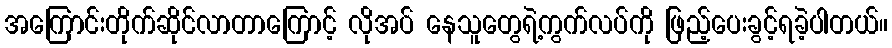
အကြောင်းတိုက်ဆိုင်လာတာကြောင့် လိုအပ် နေသူတွေရဲ့ကွက်လပ်ကို ဖြည့်ပေးခွင့်ရခဲ့ပါတယ်။